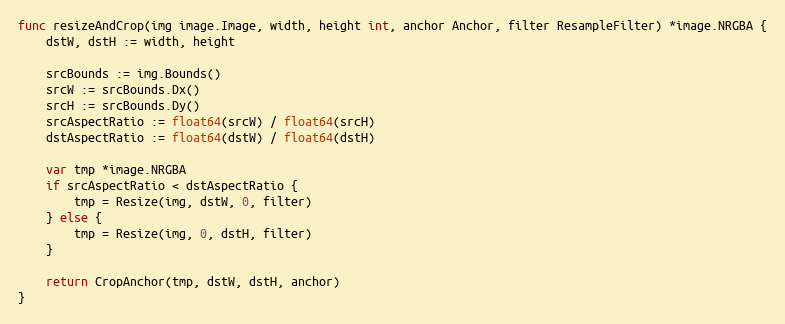
Language: Go
func resizeAndCrop(img image.Image, width, height int, anchor Anchor, filter ResampleFilter) *image.NRGBA {
	dstW, dstH := width, height

	srcBounds := img.Bounds()
	srcW := srcBounds.Dx()
	srcH := srcBounds.Dy()
	srcAspectRatio := float64(srcW) / float64(srcH)
	dstAspectRatio := float64(dstW) / float64(dstH)

	var tmp *image.NRGBA
	if srcAspectRatio < dstAspectRatio {
		tmp = Resize(img, dstW, 0, filter)
	} else {
		tmp = Resize(img, 0, dstH, filter)
	}

	return CropAnchor(tmp, dstW, dstH, anchor)
}